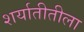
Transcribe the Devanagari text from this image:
शर्यातीतीला